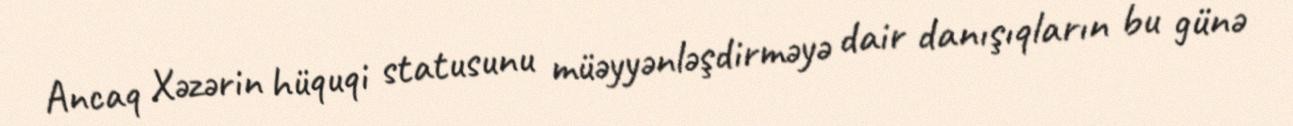
Ancaq Xəzərin hüquqi statusunu müəyyənləşdirməyə dair danışıqların bu günə